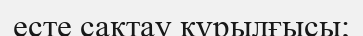
есте сақтау құрылғысы;